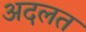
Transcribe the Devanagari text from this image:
अदलत